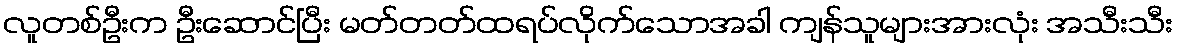
လူတစ်ဦးက ဦးဆောင်ပြီး မတ်တတ်ထရပ်လိုက်သောအခါ ကျန်သူများအားလုံး အသီးသီး